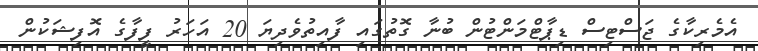
އެމެރިކާގެ ޖަސްޓިސް ޑިޕާޓްމަންޓުން ބުނާ ގޮތުގައި ފާއިތުވެދިޔަ 20 އަހަރު ފީފާގެ އޮފިޝަކުން